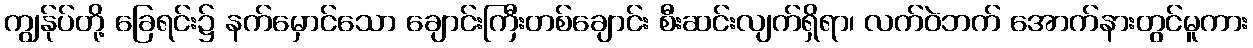
ကျွန်ုပ်တို့ ခြေရင်း၌ နက်မှောင်သော ချောင်းကြီးတစ်ချောင်း စီးဆင်းလျက်ရှိရာ၊ လက်ဝဲဘက် အောက်နားတွင်မူကား